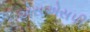
એસએસપી